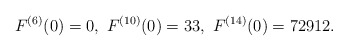
\begin{align*}F^{(6)}(0)=0,\ F^{(10)}(0)=33,\ F^{(14)}(0)=72912.\end{align*}